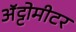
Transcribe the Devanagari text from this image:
अॅट्टोमीटर